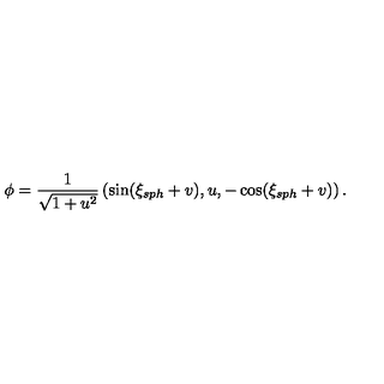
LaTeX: \phi = \frac { 1 } { \sqrt { 1 + u ^ { 2 } } } \left( \sin ( \xi _ { s p h } + v ) , u , - \cos ( \xi _ { s p h } + v ) \right) .